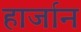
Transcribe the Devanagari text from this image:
हार्जान